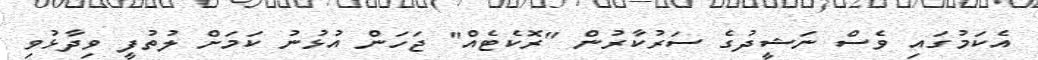
އެކަމުގައި ވެސް ނަޝީދުގެ ސަރުކާރުން "ރޮކެޓެއް" ޖަހަން އުޅުނު ކަމަށް ލުތުފީ ވިދާޅުވި